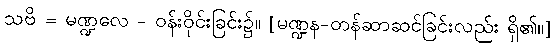
သဗိ = မဏ္ဍလေ - ဝန်းဝိုင်းခြင်း၌။ [မဏ္ဍန-တန်ဆာဆင်ခြင်းလည်း ရှိ၏၊၊]